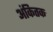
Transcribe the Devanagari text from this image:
अंकितक